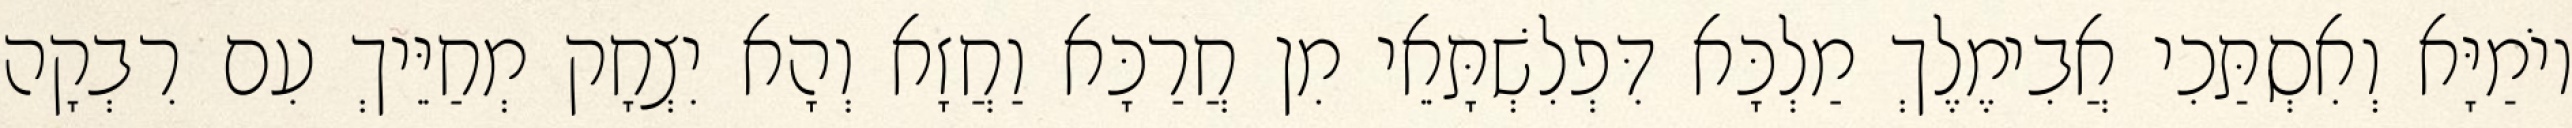
יוֹמַיָּא וְאִסְתַּכִי אֲבִימֶלֶךְ מַלְכָּא דִּפְלִשְׁתָּאֵי מִן חֲרַכָּא וַחֲזָא וְהָא יִצְחָק מְחַיֵּיךְ עִם רִבְקָה